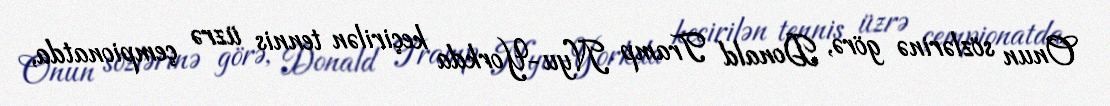
Onun sözlərinə görə, Donald Tramp Nyu-Yorkda keçirilən tennis üzrə çempionatda,